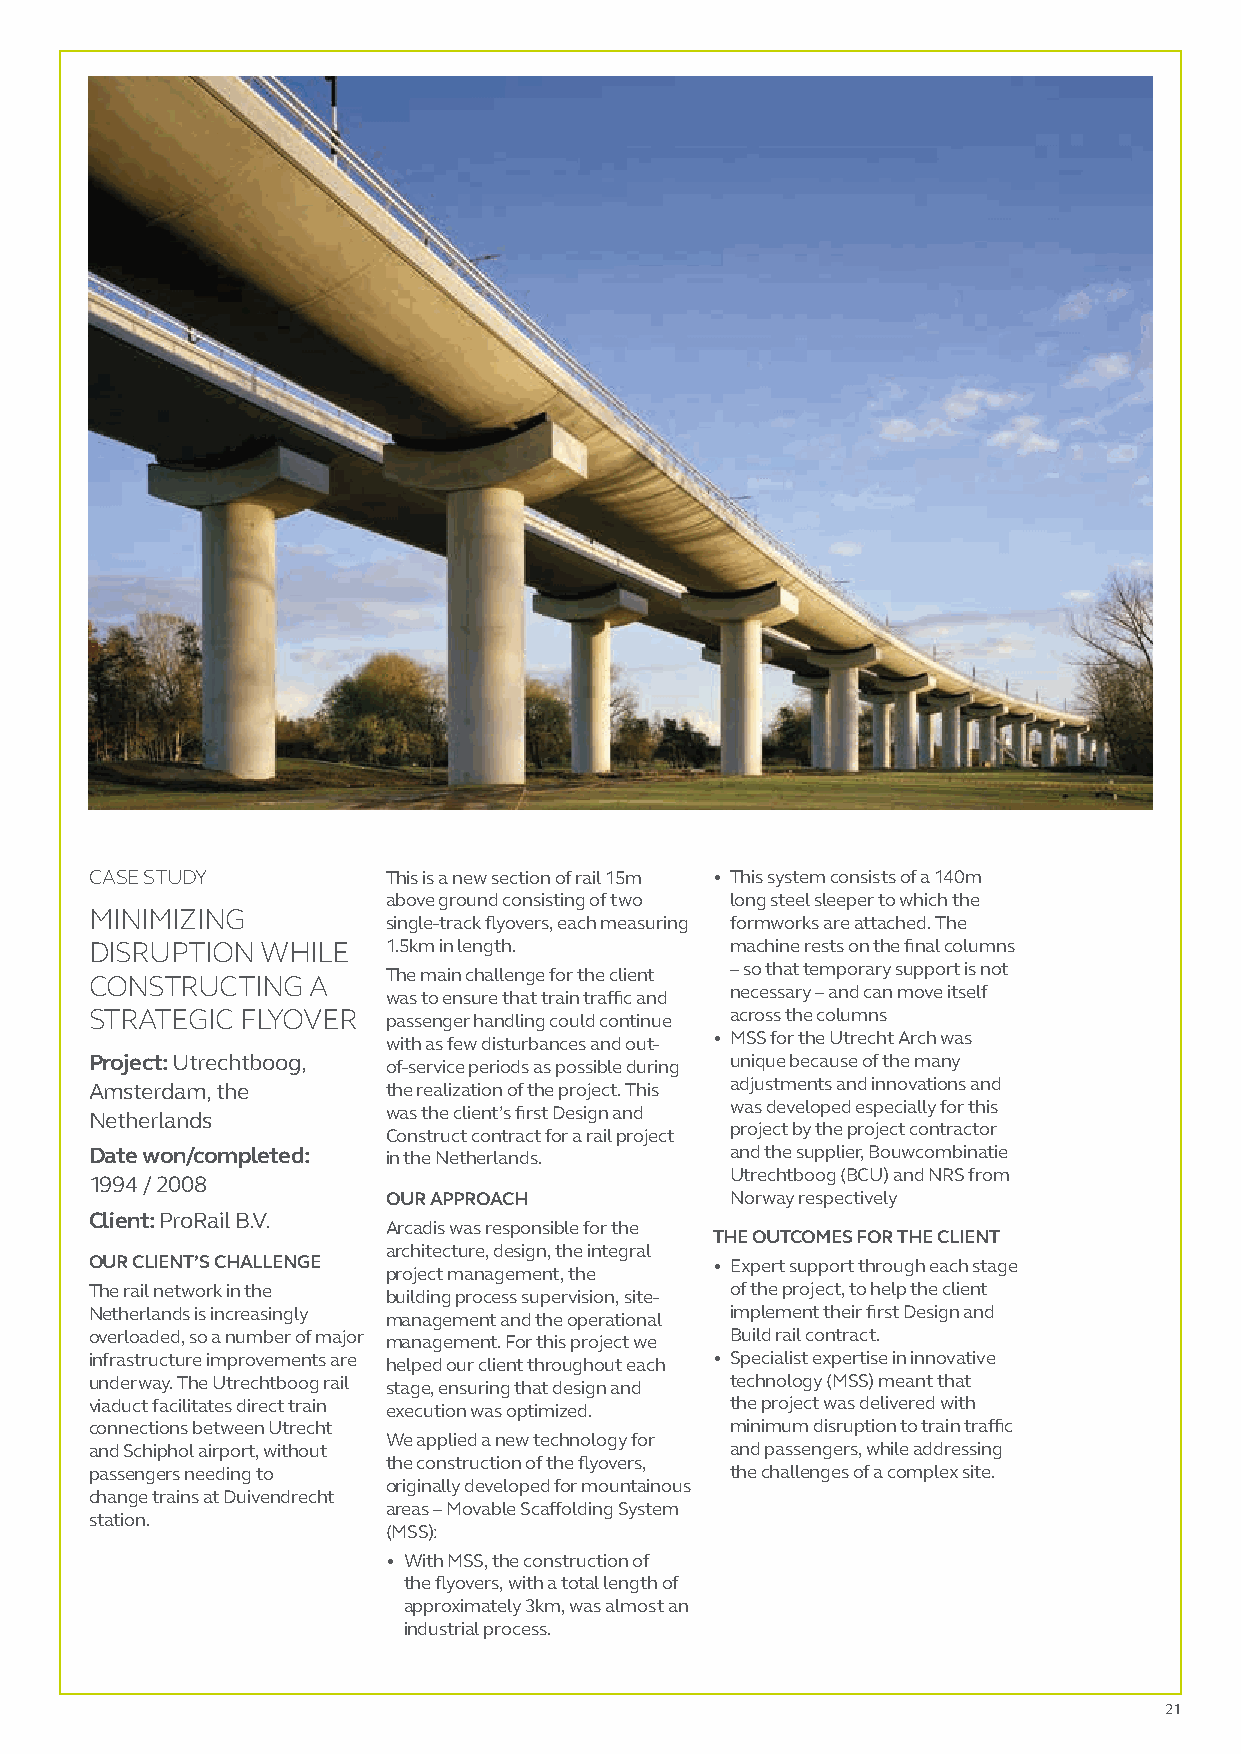
CASE STUDY          This is a new section of rail 15m • T his system consists of a 140m
 above ground consisting of two long steel sleeper to which the
 MINIMIZING
 single-track flyovers, each measuring formworks are attached. The
 DISRUPTION WHILE    1.5km in length.      machine rests on the final columns
 The main challenge for the client – so that temporary support is not
 CONSTRUCTING  A
 was to ensure that train traffic and necessary – and can move itself
 STRATEGIC FLYOVER   passenger handling could continue across the columns
 with as few disturbances and out- • M SS for the Utrecht Arch was
 Project: Utrechtboog, of-service periods as possible during unique because of the many
 Amsterdam, the      the realization of the project. This adjustments and innovations and
 was the client’s first Design and was developed especially for this
 Netherlands
 Construct contract for a rail project project by the project contractor
 Date won/completed: in the Netherlands.   and the supplier, Bouwcombinatie
 Utrechtboog (BCU) and NRS from
 1994 / 2008
 OUR APPROACH          Norway respectively
 Client: ProRail B.V.
 Arcadis was responsible for the
 THE OUTCOMES FOR THE CLIENT
 architecture, design, the integral
 OUR CLIENT’S CHALLENGE                   • E xpert support through each stage
 project management, the
 The rail network in the building process supervision, site- of the project, to help the client
 Netherlands is increasingly management and the operational implement their first Design and
 overloaded, so a number of major management. For this project we Build rail contract.
 infrastructure improvements are helped our client throughout each • Specialist expertise in innovative
 underway. The Utrechtboog rail stage, ensuring that design and technology (MSS) meant that
 viaduct facilitates direct train execution was optimized. the project was delivered with
 connections between Utrecht               minimum disruption to train traffic
 We applied a new technology for
 and Schiphol airport, without             and passengers, while addressing
 the construction of the flyovers,
 passengers needing to                     the challenges of a complex site.
 originally developed for mountainous
 change trains at Duivendrecht
 areas – Movable Scaffolding System
 station.
 (MSS):
 • W ith MSS, the construction of
 the flyovers, with a total length of
 approximately 3km, was almost an
 industrial process.
 21